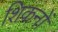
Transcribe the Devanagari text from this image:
शिकनों